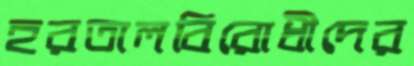
হরতালবিরোধীদের